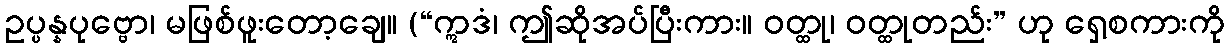
ဥပ္ပန္နပုဗ္ဗော၊ မဖြစ်ဖူးတော့ချေ။ (“ဣဒံ၊ ဤဆိုအပ်ပြီးကား။ ဝတ္ထု၊ ဝတ္ထုတည်း” ဟု ရှေ့စကားကို